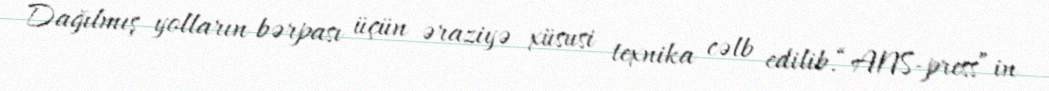
Dağılmış yolların bərpası üçün əraziyə xüsusi texnika cəlb edilib.“ANS-press”in